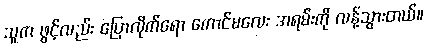
သူက ဖွင့်လည်း ပြောလိုက်ရော ကောင်မလေး အရမ်းကို လန့်သွားတယ်။